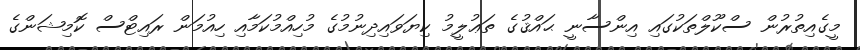
މީގެއިތުރުން ސްކޫލްތަކުގައި އިންސާނީ ޙައްޤުގެ ތަޢުލީމު ކިޔަވައިދިނުމުގެ މުހިއްމުކަމާއި ހިއުމަން ރައިޓްސް ކޮމިޝަންގެ